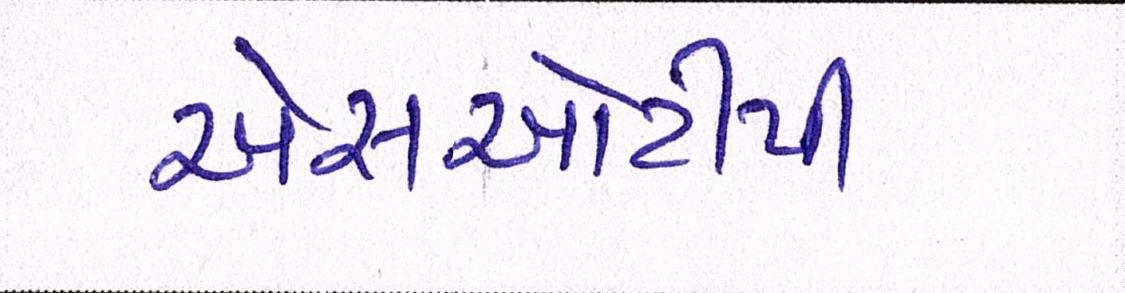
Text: એસઓટીપી